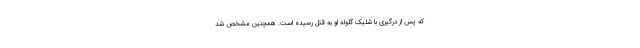
که پس از درگیری با شلیک گلوله او به قتل رسیده است. همچنین مشخص شد